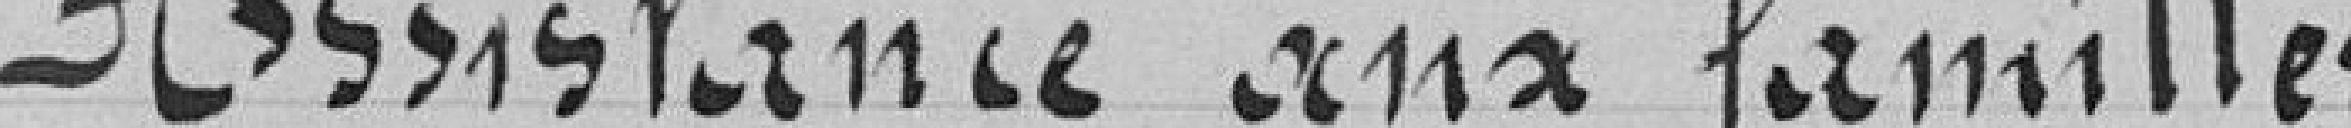
Assistance aux familles